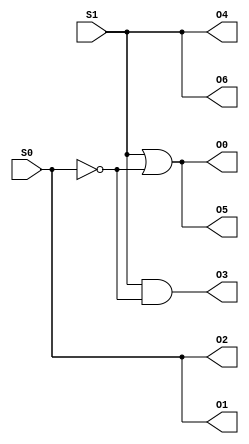
/*
____________ LAB 1 - MODULE DISPLAY ____________
Module Display DE1: "Display DE1 to HEX"
	- Input: x2 binary (2 bit) - S1, S0
	- Output: x1 HEX_display - O6 ... O0
*/
module display_HEX_DE1(S1,S0,O6,O5,O4,O3,O2,O1,O0);
	input S1,S0;
	output O6,O5,O4,O3,O2,O1,O0;
	assign O0 = S1|(~S0);
	assign O1 = S0;
	assign O2 = S0;
	assign O3 = S1&(~S0);
	assign O4 = S1;
	assign O5 = (~S0)|S1;
	assign O6 = S1;
endmodule